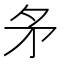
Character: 𭿶